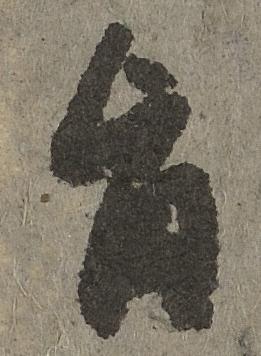
旨